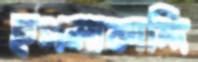
হুগলাকান্দি